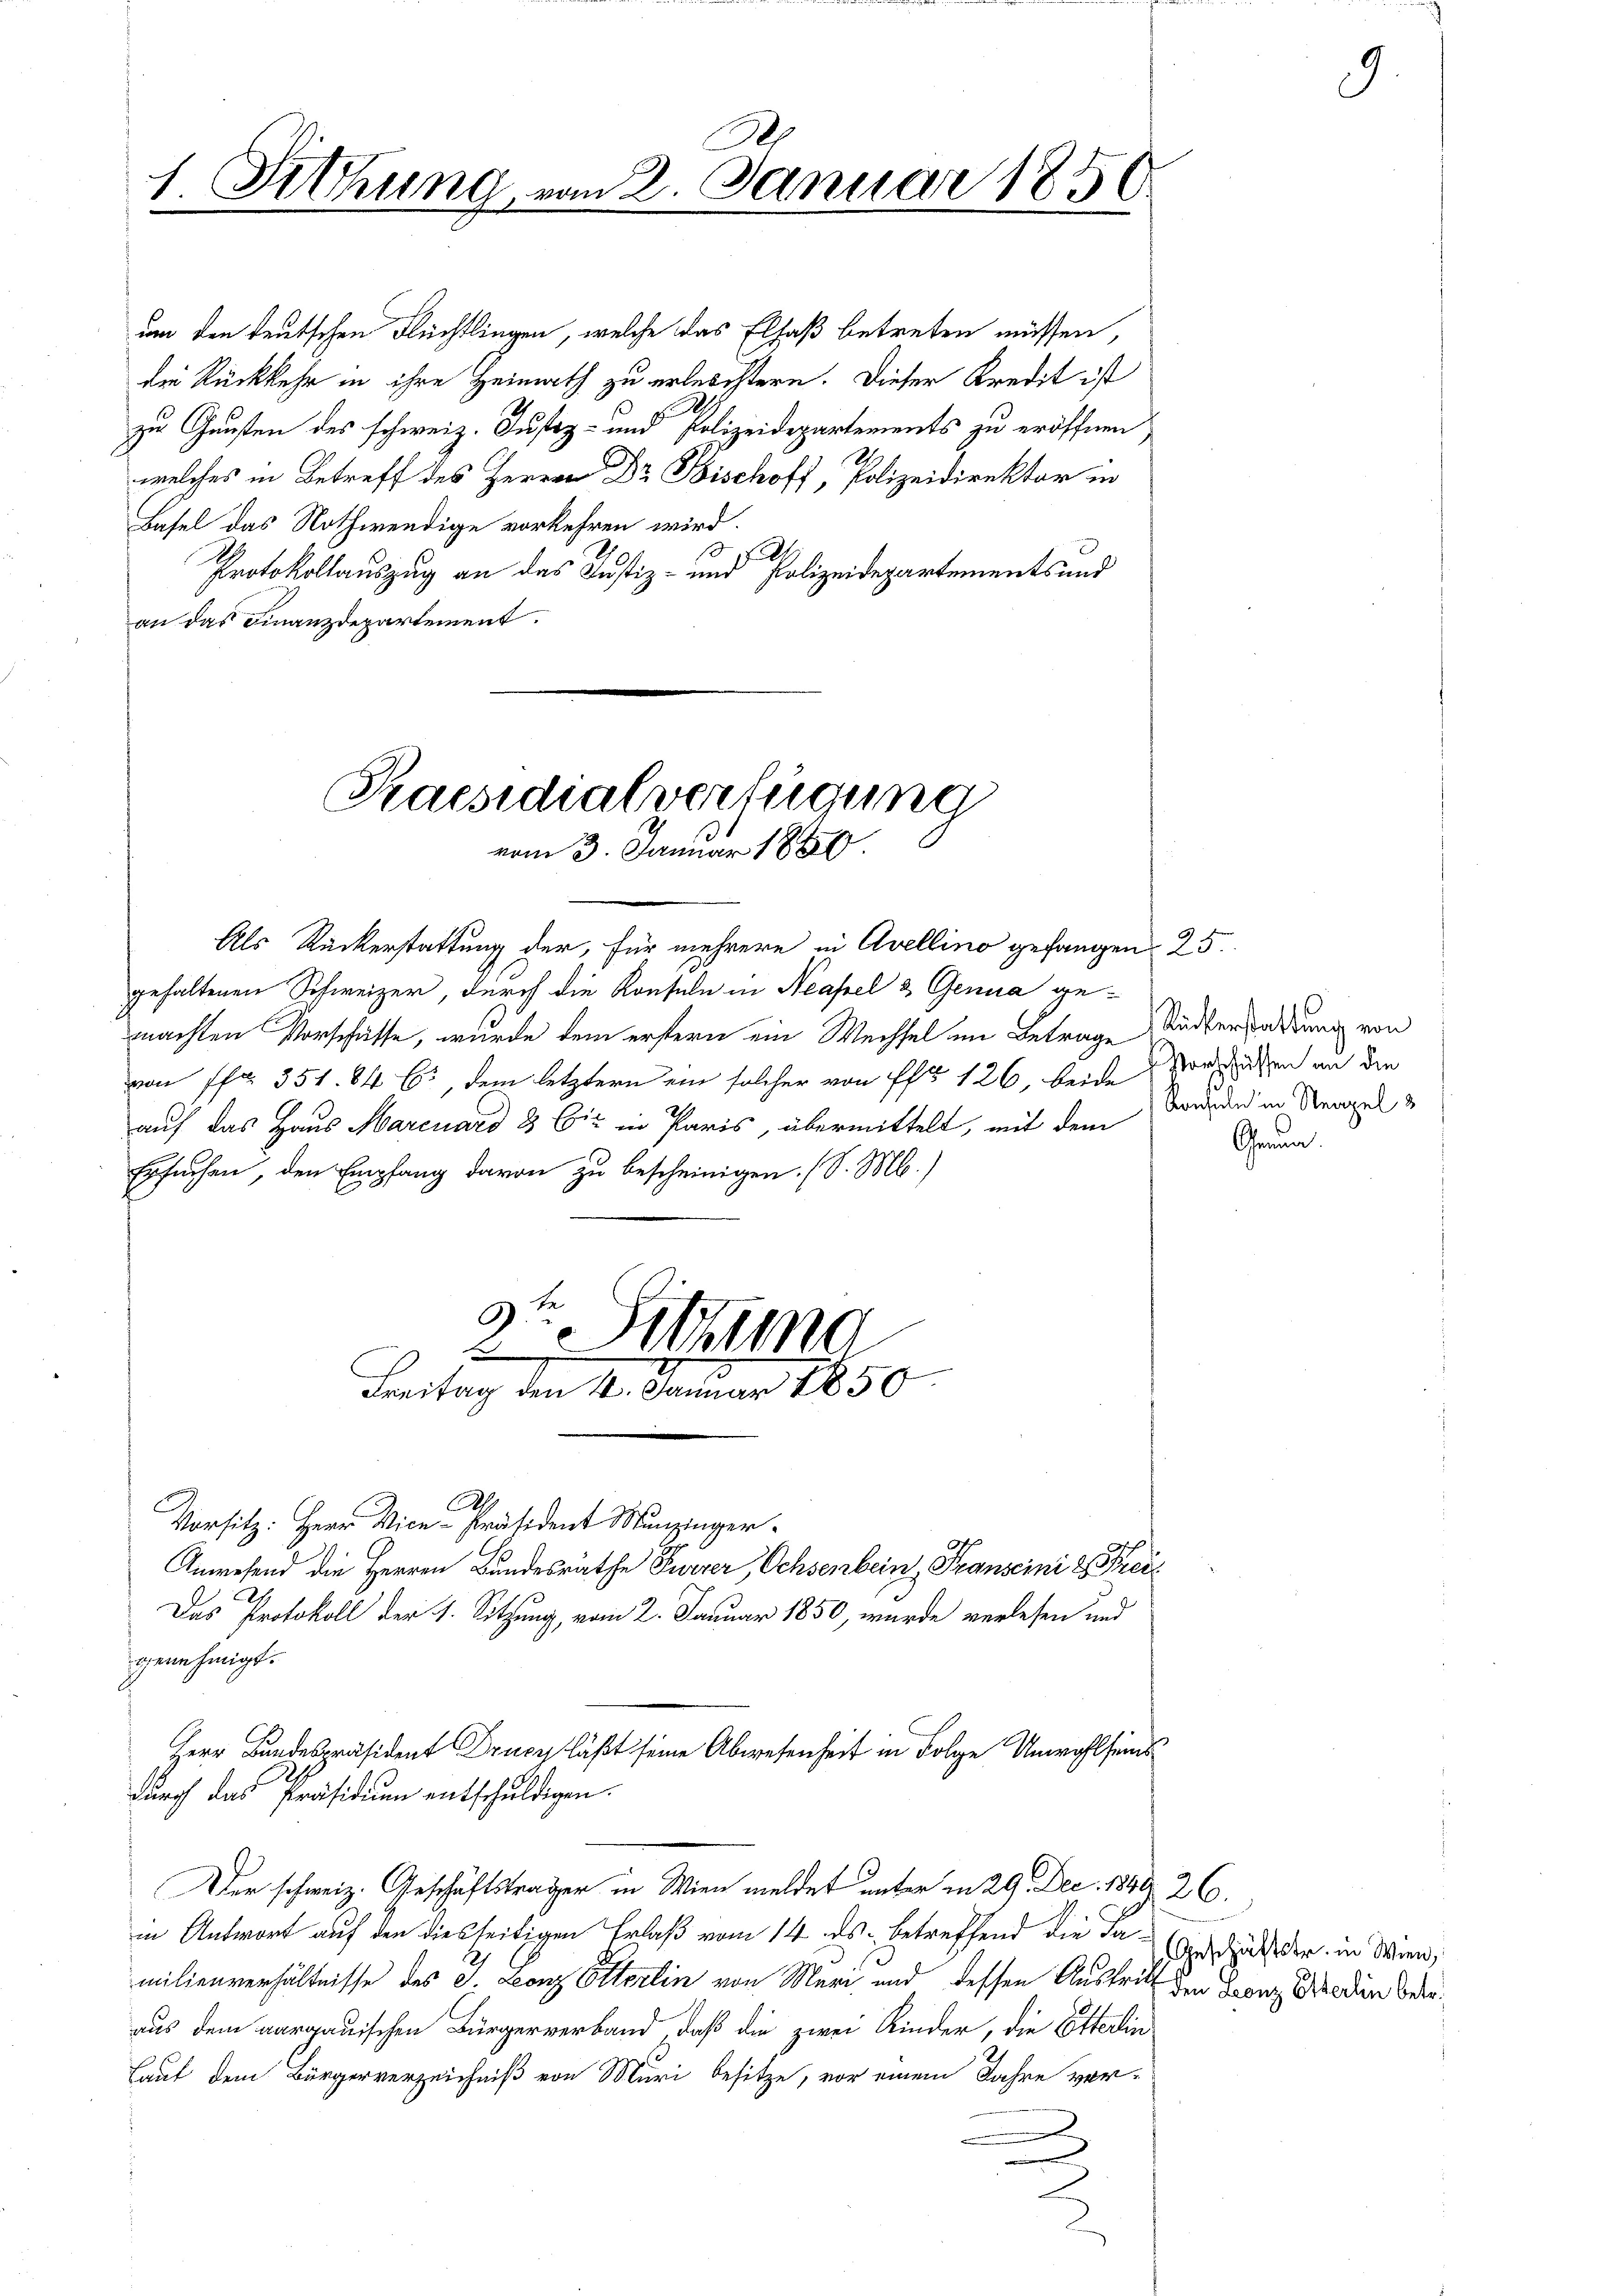
1. Sitzung

um den teutschen Flüchtlingen, welche das Elsaß betreten müssen,
die Rückkehr in ihre Heimath zu erlesistern. Dieser Kredit ist
zu Gunsten des schweiz. Justiz- und Polizeidepartements zu eröffnen
welches in Betreff des Herrn Dr Fischoff, Polizeidirektor in
Basel das Nothwendige vorkehren wird.
10
Protokollauszug an das Justiz- und Polizeidepartements und
an das Finanzdepartement.

Praesidialverfügung
vom 3. Januar 1890.

Freitag den 4. Januar 1850

Herr Bundespräsident Drucy läßt seine Abwesenheit in Folge Unwohlfeinds¬

a 2. Januar 1856

gehaltenen Schweizer, durch die Konseln in Neapel & Genua gemachten Vorschüsse, wurde dem erstern ein Wechsel im Betrage Rüdterwartung von
von Pfr. 351. 84 C., dem letztern ein solcher von Pfr 126, beide Vorräten an die
auf das Haus Marcuard 8 bis in Paris, übermittelt, mit dem
Ersuchen, den Empfang davon zu bescheinigen. (S. M.)
3te Sitzung

Als Rückerstattung der, für mehrere in Avellino gefangen 25.

A
Vorsitz: Herr Vice-Präsident Munzinger-
Anwesend die Herren Bundesräthe Furrer, Ochsenbein, Transcini & Frei¬
Das Protokoll der 1. Sitzung, vom 2. Januar 1850, wurde verlesen und
genehmigt.
durch das Präsidium entschuldigen.
Der schweiz. Geschäftsträger in Wien meldet unter in 29. Dec. 1889. 26.
in Antwort auf den diesseitigen Erlaß vom 14. ds. betreffend die daindruck der in Wien,
milienverhältnisse des S. Leonz Otterlin von Mari und dessen Austritt den Branz Wieden Beden
aus dem aargauischen Bürgerverband, daß die zwei Kinder, die Etterlin
Laut dem Bürgerverzeichniß von Muri besitze, vor einem Jahre ver-
.

Konsuln in Neapel &
Gen.

9